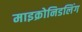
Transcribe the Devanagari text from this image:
माइक्रोनिडलिंग